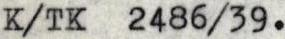
K/TK  2486/39.